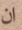
ان